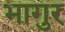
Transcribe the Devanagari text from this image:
भागुर